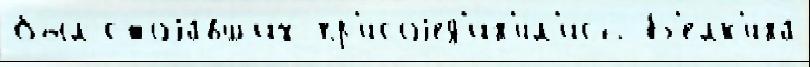
был стоjа́вших пр'исоjед'ин'и́л'ись Б'елк'ина